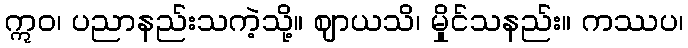
ဣဝ၊ ပညာနည်းသကဲ့သို့။ ဈာယသိ၊ မှိုင်သနည်း။ ကဿပ၊